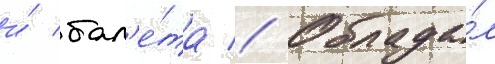
и́ бал'е́та // Облада́л